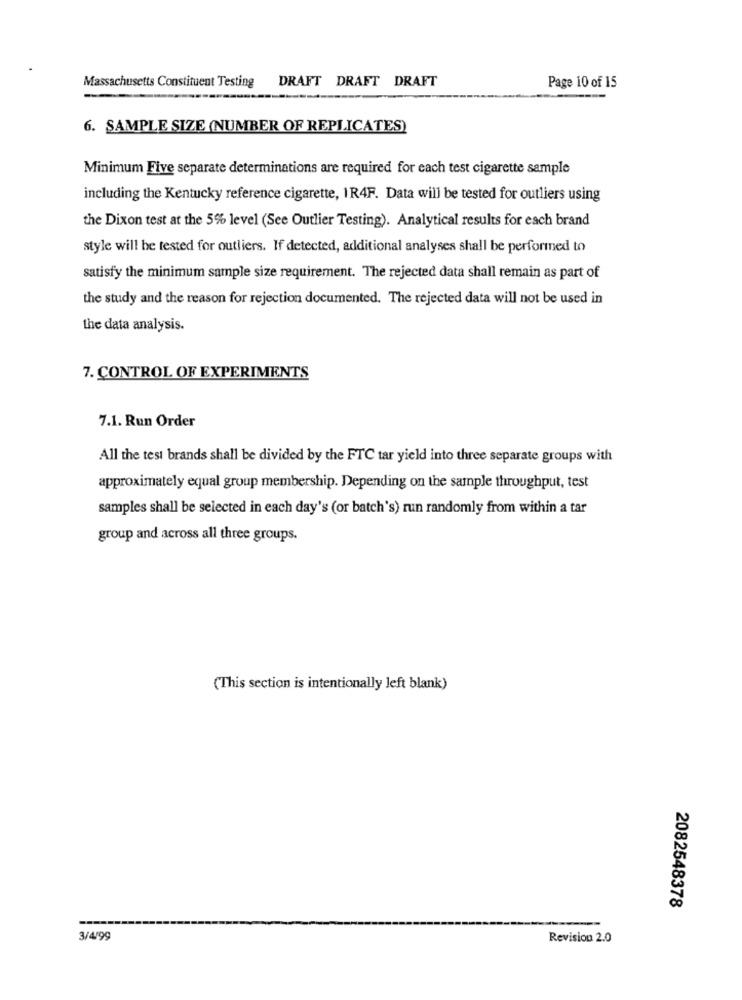
DRAFT DRAFT DRAFT
Massachusetts Constituent Testing
Page 10 of 15
6. SAMPLE SIZE (NUMBER OF REPLICATES)
Minimum Five separate determinations are required for each test cigarette sample
including the Kentucky reference cigarette, 1R4F. Data will be tested for outliers using
the Dixon test at the 5% level (See Outlier Testing). Analytical results for each brand
style will be tested for outliers. If detected, additional analyses shall be performed to
satisfy the minimum sample size requirement. The rejected data shall remain as part of
the study and the reason for rejection documented. The rejected data will not be used in
the data analysis.
7. CONTROL OF EXPERIMENTS
7.1. Run Order
All the test brands shall be divided by the FTC tar yield into three separate groups with
approximately equal group membership. Depending on the sample throughput, test
samples shall be selected in each day's (or batch's) run randomly from within a tar
group and across all three groups.
(This section is intentionally left blank)
2082548378
3/4/99
Revision 2.0